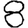
Digit: 8